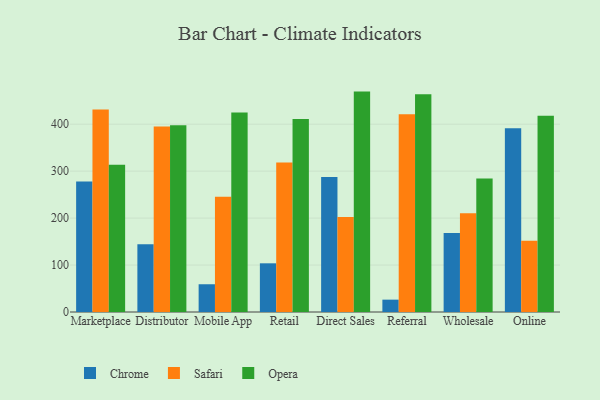
{"axis": {"x": "Channel", "y": "Churn Rate (%)"}, "legend": ["Chrome", "Opera", "Safari"], "data": [{"x": "Marketplace", "y": 278.0, "type": "Chrome"}, {"x": "Marketplace", "y": 431.3, "type": "Safari"}, {"x": "Marketplace", "y": 313.5, "type": "Opera"}, {"x": "Distributor", "y": 144.2, "type": "Chrome"}, {"x": "Distributor", "y": 395.1, "type": "Safari"}, {"x": "Distributor", "y": 397.6, "type": "Opera"}, {"x": "Mobile App", "y": 59.1, "type": "Chrome"}, {"x": "Mobile App", "y": 245.4, "type": "Safari"}, {"x": "Mobile App", "y": 424.7, "type": "Opera"}, {"x": "Retail", "y": 103.7, "type": "Chrome"}, {"x": "Retail", "y": 318.5, "type": "Safari"}, {"x": "Retail", "y": 411.1, "type": "Opera"}, {"x": "Direct Sales", "y": 287.6, "type": "Chrome"}, {"x": "Direct Sales", "y": 202.4, "type": "Safari"}, {"x": "Direct Sales", "y": 469.4, "type": "Opera"}, {"x": "Referral", "y": 26.3, "type": "Chrome"}, {"x": "Referral", "y": 421.3, "type": "Safari"}, {"x": "Referral", "y": 463.7, "type": "Opera"}, {"x": "Wholesale", "y": 168.5, "type": "Chrome"}, {"x": "Wholesale", "y": 210.4, "type": "Safari"}, {"x": "Wholesale", "y": 284.1, "type": "Opera"}, {"x": "Online", "y": 391.4, "type": "Chrome"}, {"x": "Online", "y": 151.7, "type": "Safari"}, {"x": "Online", "y": 417.8, "type": "Opera"}]}